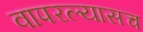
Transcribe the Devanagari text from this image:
वापरल्यासच